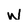
Character: W